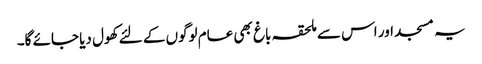
یہ مسجد اور اس سے ملحقہ باغ بھی عام لوگوں کے لئے کھول دیا جائے گا۔